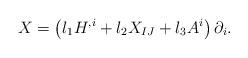
LaTeX: \begin{align*}X=\left( l_{1}H^{,i}+l_{2}X_{IJ}+l_{3}A^{i}\right) \partial_{i}.\end{align*}